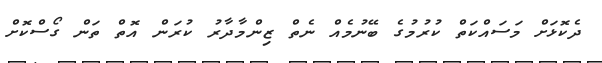
ދެކޮޅަށް މަސައްކަތް ކުރުމުގެ ބޭނުމެއް ނެތް ޒިންމާދާރު ކުރަން އޮތް ތަން ގޯސްކޮށް